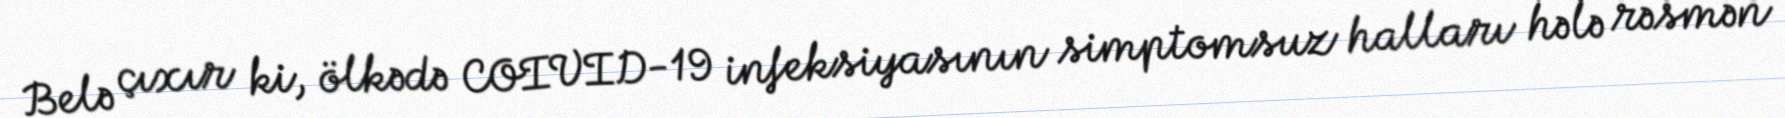
Belə çıxır ki, ölkədə COIVID-19 infeksiyasının simptomsuz halları hələ rəsmən